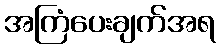
အကြံပေးချက်အရ